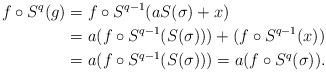
LaTeX: \begin{align*} f\circ S^q(g)&=f\circ S^{q-1}(aS(\sigma)+x)\\ &=a(f\circ S^{q-1}(S(\sigma)))+(f\circ S^{q-1}(x))\\ &=a(f\circ S^{q-1}(S(\sigma)))=a(f\circ S^{q}(\sigma)). \end{align*}